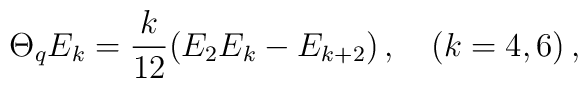
\Theta_q E_k=\frac{k}{12}(E_2E_k-E_{k+2})\,,\quad (k=4,6)\,,